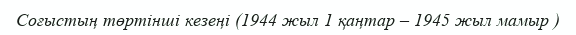
Соғыстың төртінші кезеңі (1944 жыл 1 қаңтар – 1945 жыл мамыр )